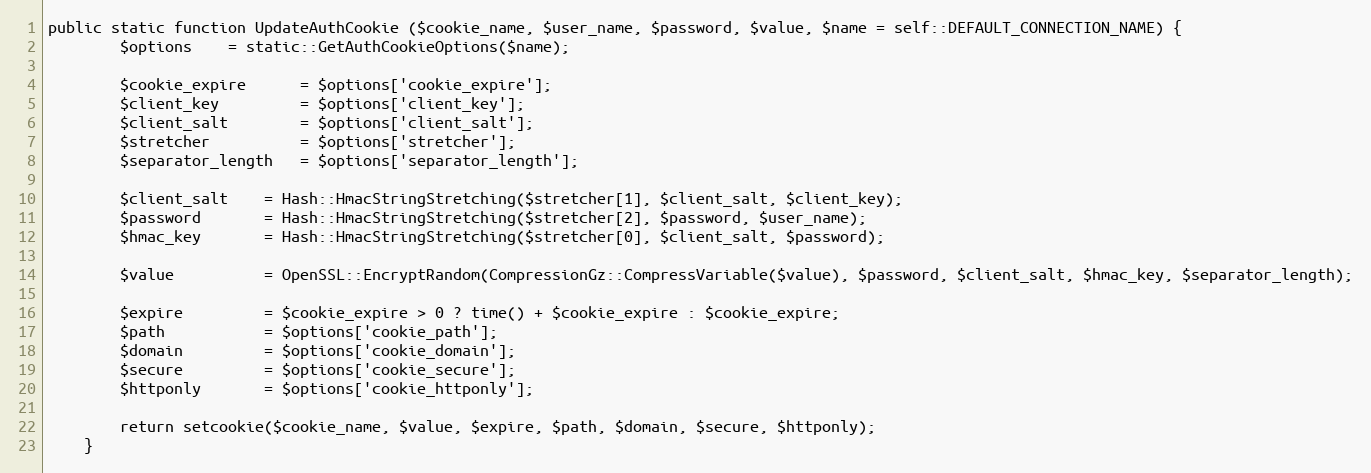
Language: PHP
public static function UpdateAuthCookie ($cookie_name, $user_name, $password, $value, $name = self::DEFAULT_CONNECTION_NAME) {
		$options	= static::GetAuthCookieOptions($name);

		$cookie_expire		= $options['cookie_expire'];
		$client_key			= $options['client_key'];
		$client_salt		= $options['client_salt'];
		$stretcher			= $options['stretcher'];
		$separator_length	= $options['separator_length'];

		$client_salt	= Hash::HmacStringStretching($stretcher[1], $client_salt, $client_key);
		$password		= Hash::HmacStringStretching($stretcher[2], $password, $user_name);
		$hmac_key		= Hash::HmacStringStretching($stretcher[0], $client_salt, $password);

		$value			= OpenSSL::EncryptRandom(CompressionGz::CompressVariable($value), $password, $client_salt, $hmac_key, $separator_length);

		$expire			= $cookie_expire > 0 ? time() + $cookie_expire : $cookie_expire;
		$path			= $options['cookie_path'];
		$domain			= $options['cookie_domain'];
		$secure			= $options['cookie_secure'];
		$httponly		= $options['cookie_httponly'];

		return setcookie($cookie_name, $value, $expire, $path, $domain, $secure, $httponly);
	}